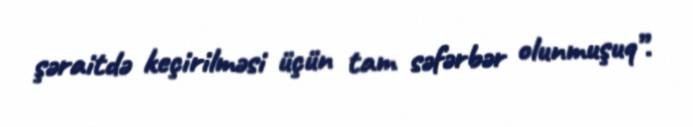
şəraitdə keçirilməsi üçün tam səfərbər olunmuşuq”.